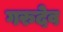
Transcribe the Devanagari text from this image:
गरुदेव